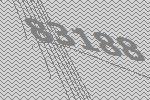
83188